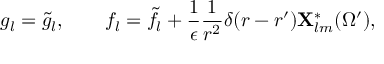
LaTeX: g _ { l } = \tilde { g } _ { l } , \qquad f _ { l } = \tilde { f } _ { l } + { \frac { 1 } { \epsilon } } { \frac { 1 } { r ^ { 2 } } } \delta ( r - r ^ { \prime } ) { \bf X } _ { l m } ^ { * } ( \Omega ^ { \prime } ) ,